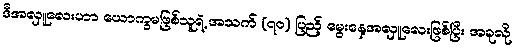
ဒီအလှူလေးဟာ ယောက္ခမဖြစ်သူရဲ့ အသက် (၇၀) ပြည့် မွေးနေ့အလှူလေးဖြစ်ပြီး အခုလို